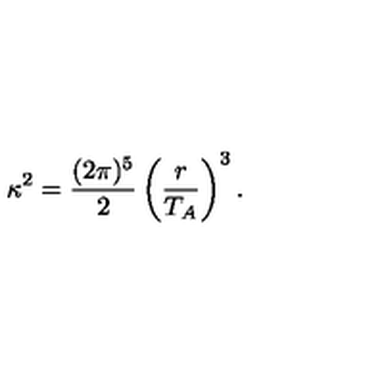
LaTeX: \kappa ^ { 2 } = \frac { ( 2 \pi ) ^ { 5 } } { 2 } \left( \frac { r } { T _ { A } } \right) ^ { 3 } .